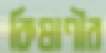
কিষাণীর